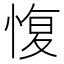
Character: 愎